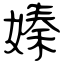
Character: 嫀